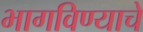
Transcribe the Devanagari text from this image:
भागविण्याचे